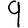
Digit: 9